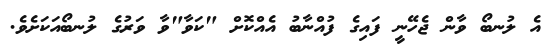
އެ ލުނބޯ ވާން ޖެހޭނީ ފައިގެ ފުއްނާބު އެއްކޮށް "ކަވާ"ވާ ވަރުގެ ލުނބޯއަކަށެވެ.